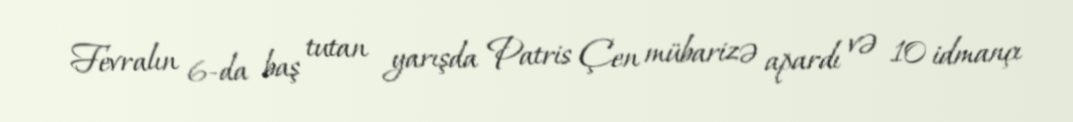
Fevralın 6-da baş tutan yarışda Patris Çen mübarizə apardı və 10 idmançı